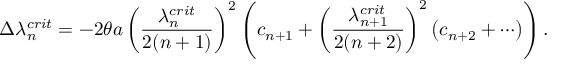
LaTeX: \Delta \lambda _ { n } ^ { c r i t } = - 2 \theta a \left( \frac { \lambda _ { n } ^ { c r i t } } { 2 ( n + 1 ) } \right) ^ { 2 } \left( c _ { n + 1 } + \left( \frac { \lambda _ { n + 1 } ^ { c r i t } } { 2 ( n + 2 ) } \right) ^ { 2 } \left( c _ { n + 2 } + \cdots \right) \right) .